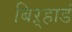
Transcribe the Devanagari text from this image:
बिऱ्हाडं